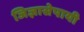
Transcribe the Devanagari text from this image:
जिज्ञासेपायी